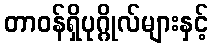
တာဝန်ရှိပုဂ္ဂိုလ်များနှင့်